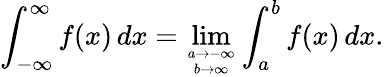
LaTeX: \int_{-\infty}^{\infty}f(x)\, dx=\operatorname*{lim}_{a\to-\infty\atop b\to\infty}\int_{a}^{b}f(x)\, dx.